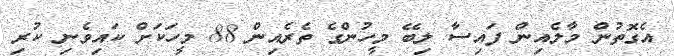
އެގޮތުން މާލެއިން ފައިސާ ލިބޭ މީހުންގެ ތެރެއިން 88 މީހަކަށް ކައިވެނި ކުރި